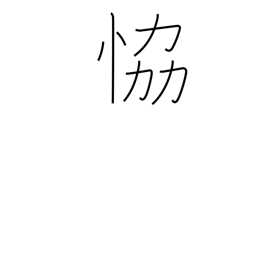
Meaning: threaten